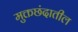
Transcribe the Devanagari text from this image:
मुक्तछंदातील